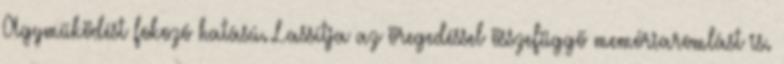
Agyműködést fokozó hatású. Lassítja az öregedéssel összefüggő memóriaromlást is.